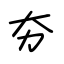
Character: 夯